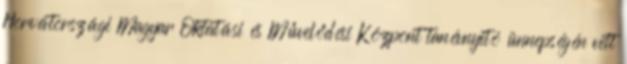
Horvátországi Magyar Oktatási és Művelődési Központ tanévnyitó ünnepségén vett